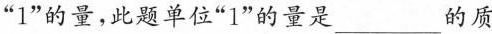
“1”的量，此题单位“1”的量是___的质